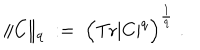
\| C \| _ { q } \; : = \; \Big ( \mathrm { T r } | C | ^ { q } \Big ) ^ { \frac { 1 } { q } } \; .